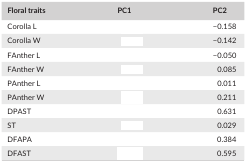
<table><thead><tr><td><b>Floral traits</b></td><td><b>PC1</b></td><td><b>PC2</b></td></tr></thead><tbody><tr><td>Corolla L</td><td>[EMPTY_CELL]</td><td>−0.158</td></tr><tr><td>Corolla W</td><td>[EMPTY_CELL]</td><td>−0.142</td></tr><tr><td>FAnther L</td><td>[EMPTY_CELL]</td><td>−0.050</td></tr><tr><td>FAnther W</td><td>[EMPTY_CELL]</td><td>0.085</td></tr><tr><td>PAnther L</td><td>[EMPTY_CELL]</td><td>0.011</td></tr><tr><td>PAnther W</td><td>[EMPTY_CELL]</td><td>0.211</td></tr><tr><td>DPAST</td><td>[EMPTY_CELL]</td><td>0.631</td></tr><tr><td>ST</td><td>[EMPTY_CELL]</td><td>0.029</td></tr><tr><td>DFAPA</td><td>[EMPTY_CELL]</td><td>0.384</td></tr><tr><td>DFAST</td><td>[EMPTY_CELL]</td><td>0.595</td></tr></tbody></table>